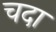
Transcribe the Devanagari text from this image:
चदा